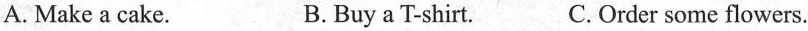
A. Make a cake. B.Buy a T-shirt. C. Order some flowers.